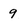
Character: 9